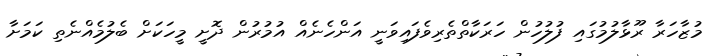
މުޒާހަރާ ރޫޅާލުމުގައި ފުލުހުން ހަރަކާތްތެރިވެފައިވަނީ އަންހެނެއް އުމުރުން ދޮށީ މީހަކަށް ބެލުމެއްނެތި ކަމަށާ